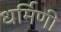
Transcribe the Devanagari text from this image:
धर्मिणी